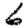
Digit: 6